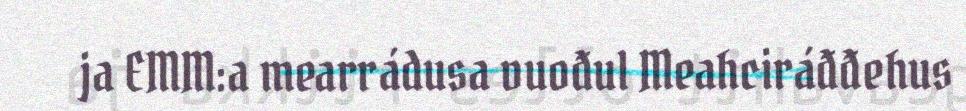
ja EMM:a mearrádusa vuođul Meahciráđđehus